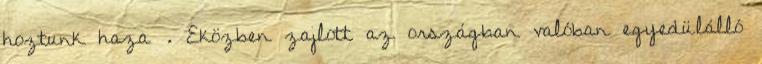
hoztunk haza . Eközben zajlott az országban valóban egyedülálló